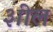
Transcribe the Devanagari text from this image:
३ाील